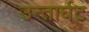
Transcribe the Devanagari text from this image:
उन्तार्घट